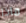
ماذا